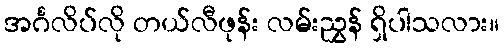
အင်္ဂလိပ်လို တယ်လီဖုန်း လမ်းညွှန် ရှိပါသလား။